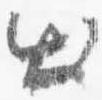
出